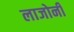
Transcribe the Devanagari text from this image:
लाजोनी